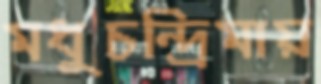
মধুচন্দ্রিমায়